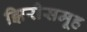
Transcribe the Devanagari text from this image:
झिरीसमूह